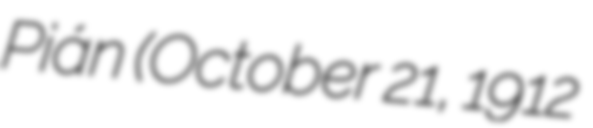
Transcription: Pián (October 21, 1912